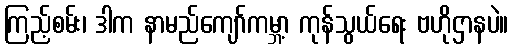
ကြည့်စမ်း၊ ဒါက နာမည်ကျော်ကမ္ဘာ့ ကုန်သွယ်ရေး ဗဟိုဌာနပဲ။